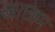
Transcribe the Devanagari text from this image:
आछाम